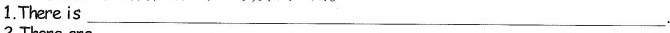
1.There is ___.